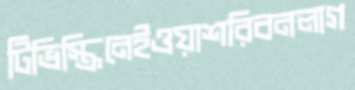
টিভিস্ক্রিনেইওয়াশরিবনলাগ